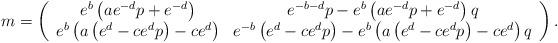
LaTeX: \begin{align*}m=\left(\begin{array}{cc} e^b \left(a e^{-d} p+e^{-d}\right) & e^{-b-d} p-e^b \left(a e^{-d} p+e^{-d}\right) q \\ e^b \left(a \left(e^d-c e^d p\right)-c e^d\right) & e^{-b} \left(e^d-c e^d p\right)-e^b \left(a \left(e^d-c e^d p\right)-c e^d\right) q \\\end{array}\right).\end{align*}